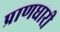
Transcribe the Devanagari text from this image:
प्राणधारी